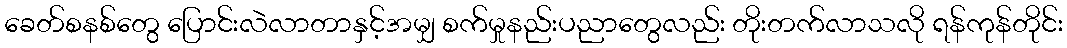
ခေတ်စနစ်တွေ ပြောင်းလဲလာတာနှင့်အမျှ စက်မှုနည်းပညာတွေလည်း တိုးတက်လာသလို ရန်ကုန်တိုင်း